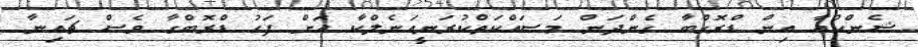
ޝެންހުއާ އިން ޑްރޮގްބާ ގެންދަން މަސައްކަތްކުރަނީއަނެލްކާ އަށް ފަހު ޑްރޮބްގާ ވެސް ޗައިނާ